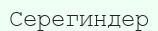
Серегиндер